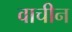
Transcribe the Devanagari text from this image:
वाचीन